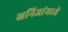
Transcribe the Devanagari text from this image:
खनिजांमध्ये